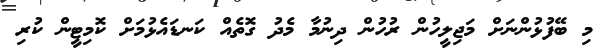
މި ބޭފުޅުންނަށް މަޖިލީހުން ރުހުން ދިނުމާ މެދު ގޮތެއް ކަނޑައެޅުމަށް ކޮމިޓީން ކުރި